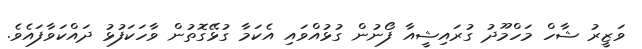
ވަޒީރު ޝާހް މަހްމޫދު ގުރައިޝީއާ ފޯނުން ގުޅުއްވައި އެކަމާ ގުޅޭގޮތުން ވާހަކަފުޅު ދައްކަވާފައެވެ.